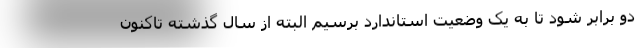
دو برابر شود تا به یک وضعیت استاندارد برسیم البته از سال گذشته تاکنون